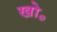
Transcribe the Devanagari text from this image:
खो॰